Indian journal of veterinary science and animal husbandry - Volume 5,
Year: 1935
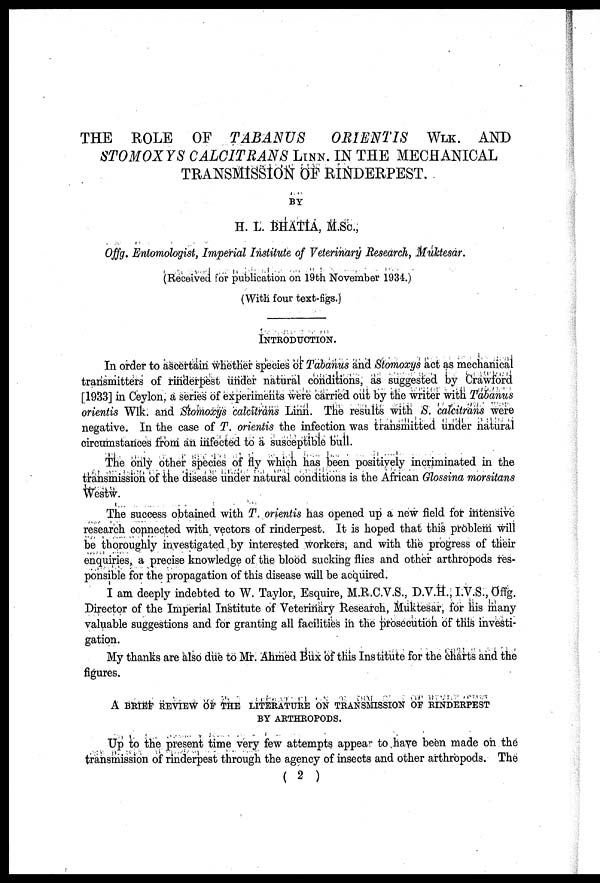
THE ROLE OF TABANUS
ORIENTIS WLK. AND
STOMOXYS CALCITRANS LINN. IN THE MECHANICAL
TRANSMISSION OF RINDERPEST.
BY
H. L. BHATIA, M.Sc.,
Offg. Entomologist, Imperial Institute of Veterinary Research, Muktesar.
(Received for publication on 19th November 1934.)
(With four text-figs.)
INTRODUCTION.
In order to ascertain whether species of Tabanus and Stomoxys act as mechanical
transmitters of rinderpest under natural conditions, as suggested by Crawford
[1933] in Ceylon, a series of experiments were carried out by the writer with Tabanus
orientis Wlk. and Stomoxys calcitrans Linn. The results with S. calcitrans were
negative. In the case of T. orientis the infection was transmitted under natural
circumstances from an infected to a susceptible bull.
The only other species of fly which has been positively incriminated in the
transmission of the disease under natural conditions is the African Glossina morsitans
Westw.
The success obtained with T. orientis has opened up a new field for intensive
research connected with vectors of rinderpest. It is hoped that this problem will
be thoroughly investigated by interested workers, and with the progress of their
enquiries a precise knowledge of the blood sucking flies and other arthropods res-
ponsible for the propagation of this disease will be acquired.
I am deeply indebted to W. Taylor, Esquire, M.R.C.V.S., D.V.H., I.V.S., Offg.
Director of the Imperial Institute of Veterinary Research, Muktesar, for his many
valuable suggestions and for granting all facilities in the prosecution of this investi-
gation.
My thanks are also due to Mr. Ahmed Bux of this Institute for the charts and the
figures.
A BRIEF REVIEW OF THE LITERATURE ON TRANSMISSION OF RINDERPEST
BY ARTHROPODS.
Up to the present time very few attempts appea to have been made on the
transmission of rinderpest through the agency of insects and other arthropods. The
( 2 )